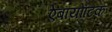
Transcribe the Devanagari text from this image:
ऐबायोटिक